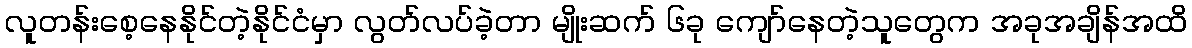
လူတန်းစေ့နေနိုင်တဲ့နိုင်ငံမှာ လွတ်လပ်ခဲ့တာ မျိုးဆက် ၆ခု ကျော်နေတဲ့သူတွေက အခုအချိန်အထိ